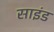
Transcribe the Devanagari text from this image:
साइंड